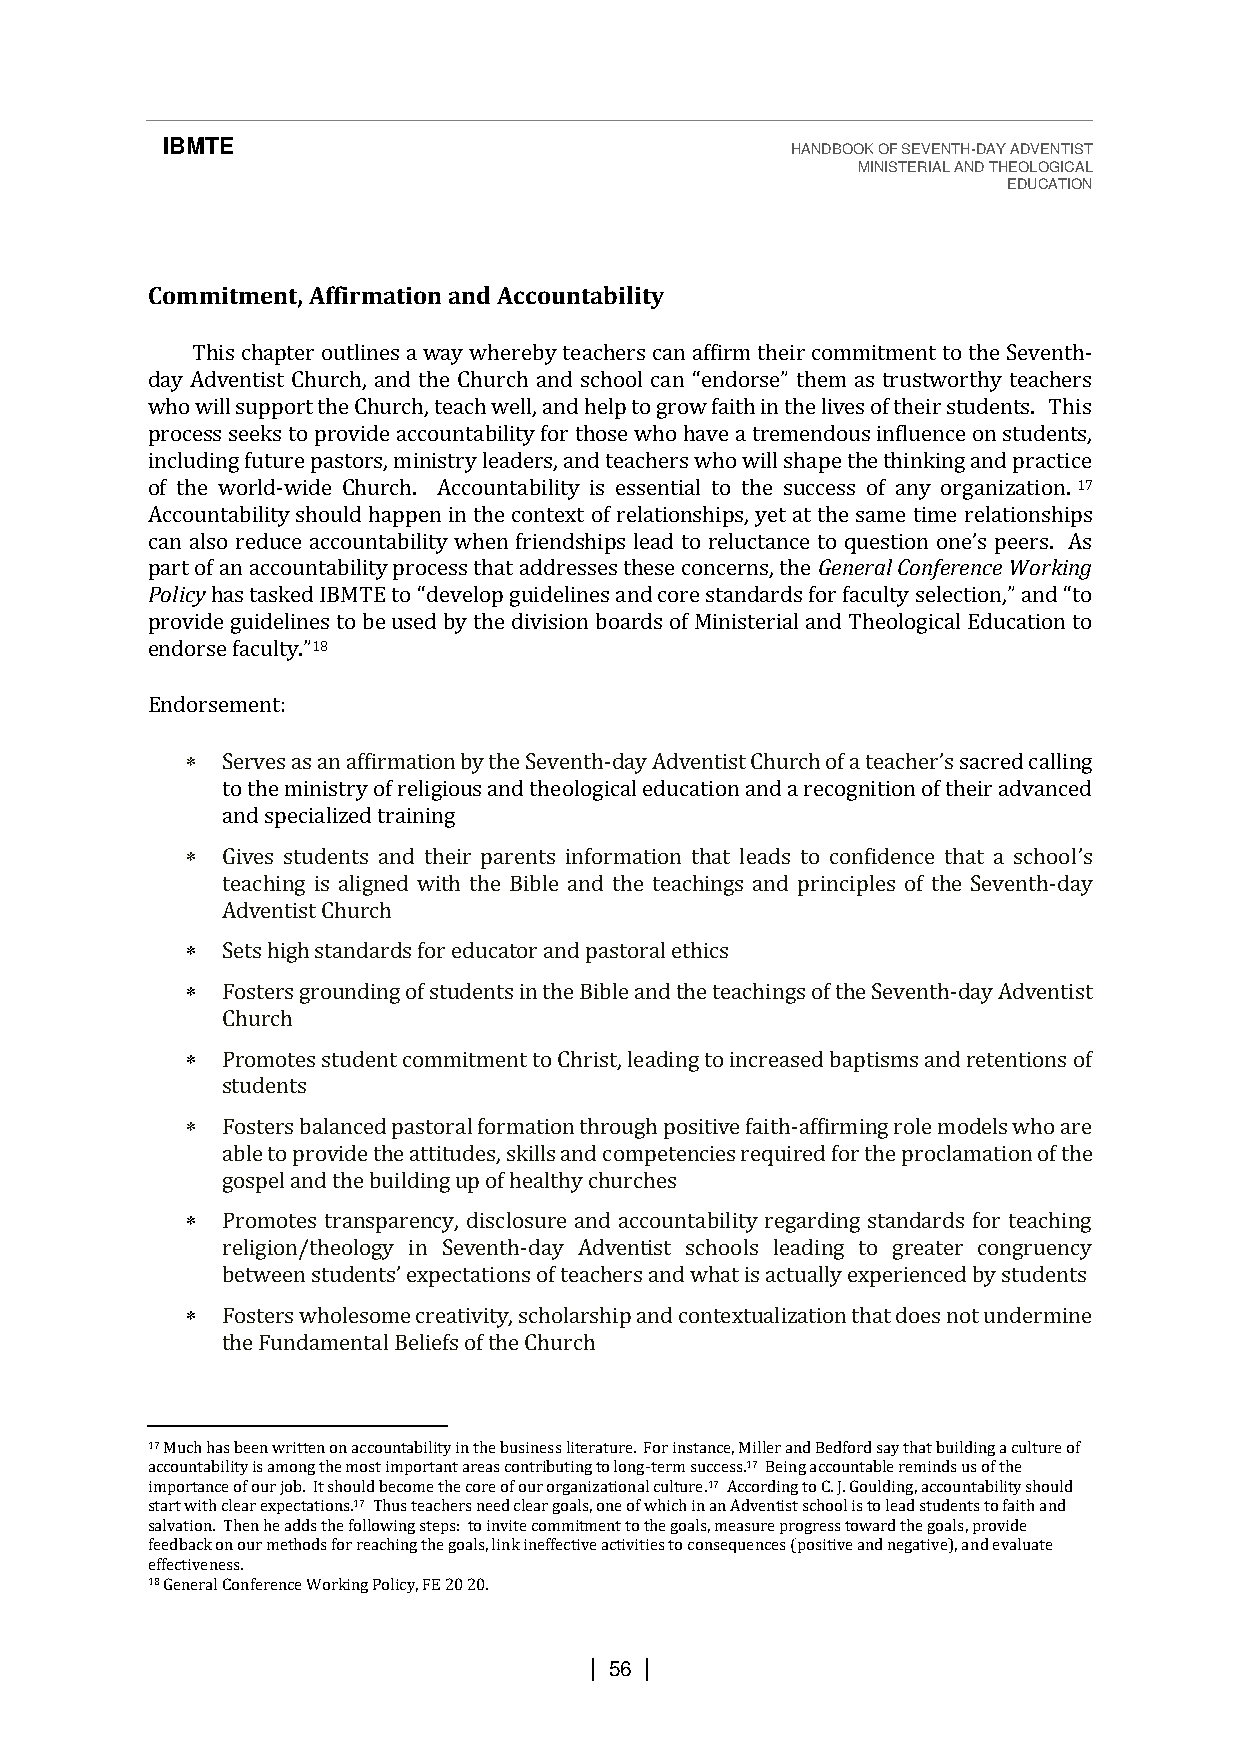
IBMTE                                    HANDBOOK OF SEVENTH-DAY ADVENTIST
 MINISTERIAL AND THEOLOGICAL
 EDUCATION
 Commitment, Affirmation and Accountability
 This chapter outlines a way whereby teachers can affirm their commitment to the Seventh-
 day Adventist Church, and the Church and school can
 who will support the Church, teach well, and help to grow faith in the lives of their students. This
 process seeks to provide accountability for those who h“aevned ao rtsree”m tehnedmo uass itnrfulusetwncoer tohny stteuadcehnetrss,
 including future pastors, ministry leaders, and teachers who will shape the thinking and practice
 of the world-wide Church. Accountability is essential to the success of any organization. 17
 Accountability should happen in the context of relationships, yet at the same time relationships
 part of an accountability process that addresses these concerns, the General Conference Working
 cPaonli cayl so reduce accountability when friendships lead to reluctance to question one’s peers. As
 provide guidelines to be used by the division boards of Ministerial and Theological Education to
 has tasked1 I8B MTE to “develop guidelines and core standards for faculty selection,” and “to
 Eennddoorrssee mfaecnutlt: y.”
   Serves as an affirmation by the Seventh-        sacred calling
 to the ministry of religious and theological education and a recognition of their advanced
 and specialized training  day Adventist Church of a teacher’s
   Gives students and their parents information that leads to confidence that a school
 teaching is aligned with the Bible and the teachings and principles of the Seventh-day
 Adventist Church                                        ’s
   Sets high standards for educator and pastoral ethics
   Fosters grounding of students in the Bible and the teachings of the Seventh-day Adventist
 Church
   Promotes student commitment to Christ, leading to increased baptisms and retentions of
 students
   Fosters balanced pastoral formation through positive faith-affirming role models who are
 able to provide the attitudes, skills and competencies required for the proclamation of the
 gospel and the building up of healthy churches
   Promotes transparency, disclosure and accountability regarding standards for teaching
 religion/theology in Seventh-day Adventist schools leading to greater congruency
 expectations of teachers and what is actually experienced by students
   Fosters wholesome creativity, scholarship and contextualization that does not undermine
 between students’
 the Fundamental Beliefs of the Church
 17 Much has been written on accountability in the business literature. For instance, Miller and Bedford say that building a culture of
 accountability is among the most important areas contributing to long-term success.17 Being accountable reminds us of the
 importance of our job. It should become the core of our organizational culture.17 According to C. J. Goulding, accountability should
 start with clear expectations.17 Thus teachers need clear goals, one of which in an Adventist school is to lead students to faith and
 salvation. Then he adds the following steps: to invite commitment to the goals, measure progress toward the goals, provide
 feedback on our methods for reaching the goals, link ineffective activities to consequences (positive and negative), and evaluate
 effectiveness.
 18 General Conference Working Policy, FE 20 20.
 | 56 |